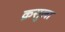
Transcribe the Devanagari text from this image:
क्रसुला